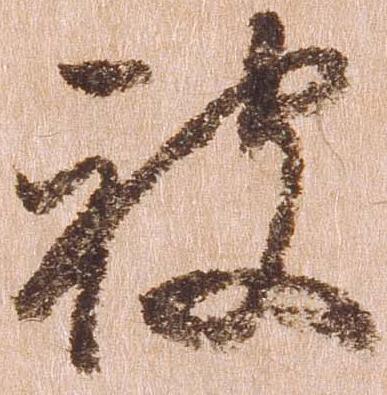
被